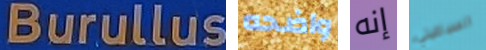
Burullus واضحه إنه السباغيتي